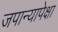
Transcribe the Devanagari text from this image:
जपान्यापेक्षा